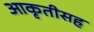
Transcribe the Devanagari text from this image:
आकृतीसह